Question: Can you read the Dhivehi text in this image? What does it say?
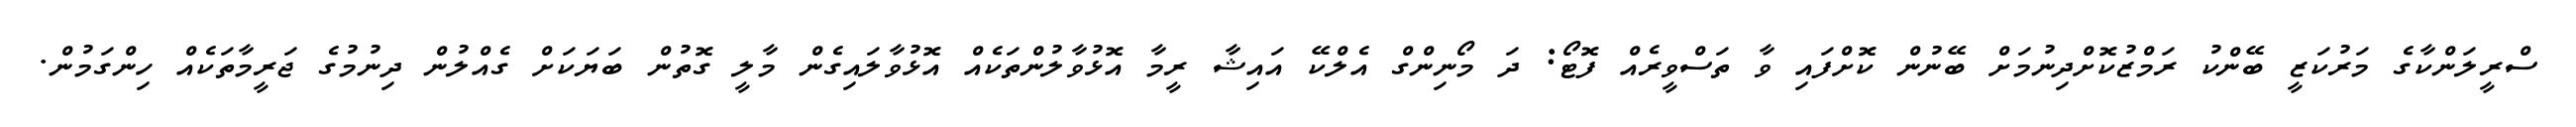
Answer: ސްރީލަންކާގެ މަރުކަޒީ ބޭންކު ރަމްޒުކޮށްދިނުމަށް ބޭނުން ކޮށްފައި ވާ ތަސްވީރެއް ފޮޓޯ: ދަ މޯނިންގް އެލްކޭ އައިޝާ ރީމާ އޮޅުވާލުންތަކެއް އޮޅުވާލައިގެން މާލީ ގޮތުން ބަޔަކަށް ގެއްލުން ދިނުމުގެ ޖަރީމާތަކެއް ހިންގަމުން.